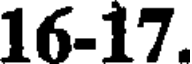
16-17.